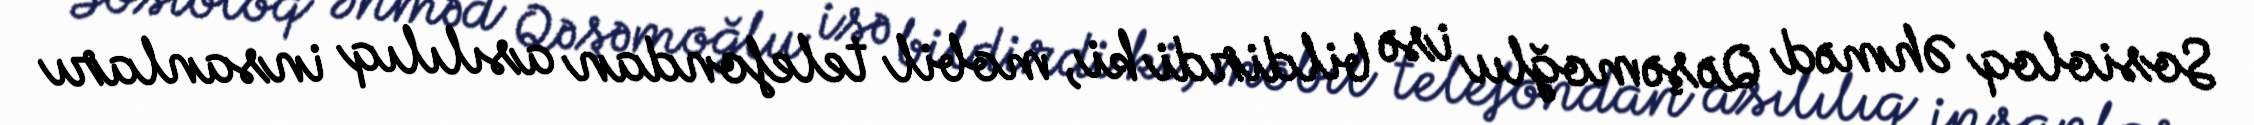
Sosioloq Əhməd Qəşəmoğlu isə bildirdi ki, mobil telefondan asılılıq insanları